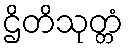
ဌိတိသုတ္တံ